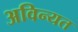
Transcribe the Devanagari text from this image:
अविन्यत